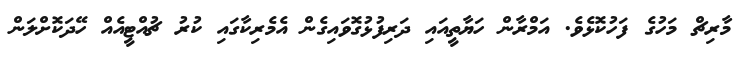
މާރިޗް މަހުގެ ފަހުކޮޅެވެ. އަމްރާން ހަޔާތީއައި ދަރިފުޅުގޮވައިގެން އެމެރިކާގައި ކުރު ޗުއްޓީއެއް ހޭދަކޮށްލަން